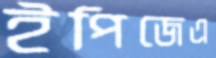
ইপিজেএ